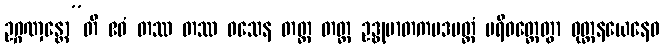
ဥဂ္ဂဏှန္တော”တိ ဧဝံ တဿ တဿ ဝသေန တတ္ထ တတ္ထ ဥဒ္ဓုမာတကပဒမတ္တံ ပရိဝတ္တေတွာ ဝုတ္တနယေနေဝ